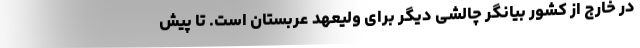
در خارج از کشور بیانگر چالشی دیگر برای ولیعهد عربستان است. تا پیش